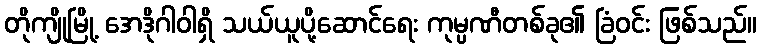
တိုကျိုမြို့ အေဒိုဂါဝါရှိ သယ်ယူပို့ဆောင်ရေး ကုမ္ပဏီတစ်ခု၏ ခြံဝင်း ဖြစ်သည်။